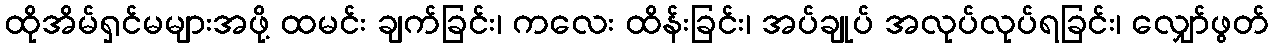
ထိုအိမ်ရှင်မများအဖို့ ထမင်း ချက်ခြင်း၊ ကလေး ထိန်းခြင်း၊ အပ်ချုပ် အလုပ်လုပ်ရခြင်း၊ လျှော်ဖွတ်